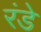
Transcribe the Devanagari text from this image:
रंडे